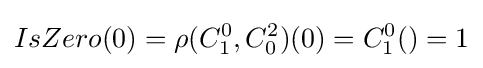
IsZero(0)=\rho (C_{1}^{0},C_{0}^{2})(0)=C_{1}^{0}()=1